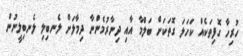
ހުރިހާ ގޮފިތަކެއް ކަހަލަ ގޮތަކަށް ބަލްމާ އާއި ދިނާރުމެންނާ ދިމާލަށް ލެނބިލި ލެނބިލީނުން